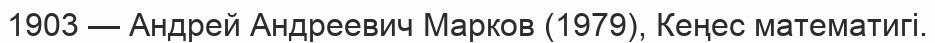
1903 — Андрей Андреевич Марков (1979), Кеңес математигі.